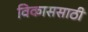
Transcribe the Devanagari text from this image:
विकाससाठी